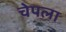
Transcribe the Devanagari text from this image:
चेपला